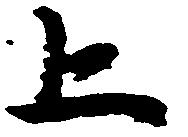
上